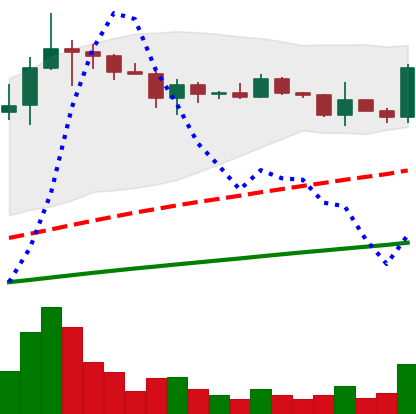
Ticker: ADA-USD
Chart end date: 2021-03-16
Forward return: -4.329%
Label: down_3_5